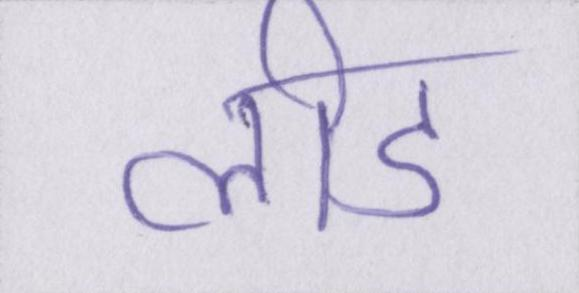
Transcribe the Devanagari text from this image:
लीड